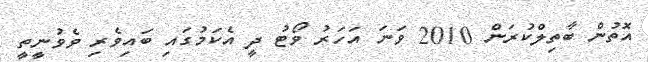
އޮތުން ބާތިލްކުރަން 2010 ވަނަ އަހަރު ވޯޓު ދީ އެކަމުގައި ބައިވެރި ވެވުނީތީ